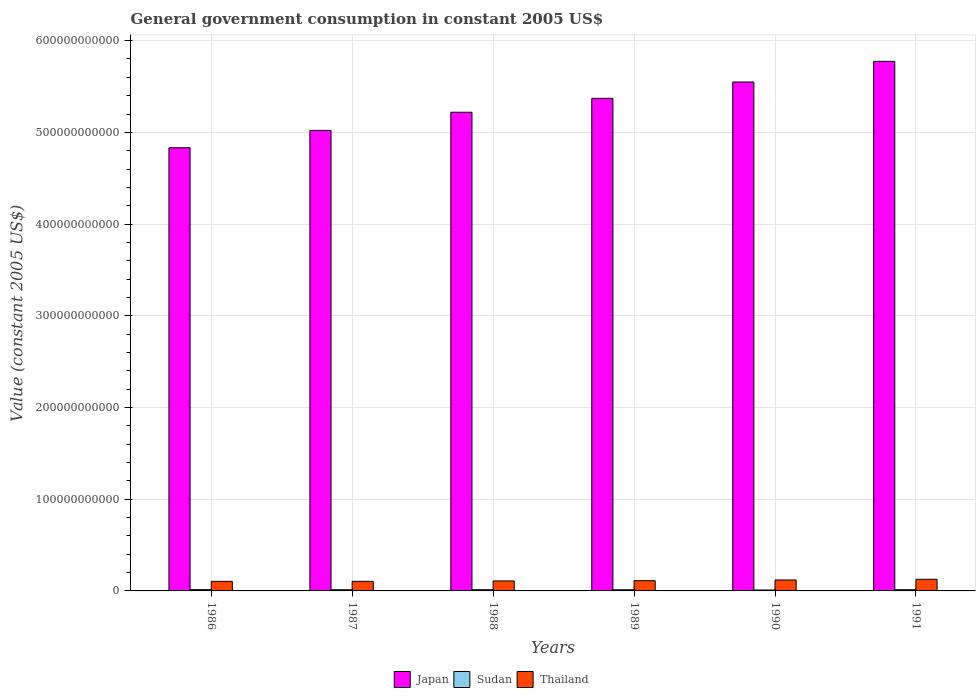
| Years | Japan | Sudan | Thailand |
 | --- | --- | --- | --- |
 | 1986 | 4.83e+11 | 1.44e+09 | 1.04e+10 |
 | 1987 | 5.02e+11 | 1.3e+09 | 1.05e+10 |
 | 1988 | 5.22e+11 | 1.32e+09 | 1.09e+10 |
 | 1989 | 5.37e+11 | 1.29e+09 | 1.12e+10 |
 | 1990 | 5.55e+11 | 1.02e+09 | 1.19e+10 |
 | 1991 | 5.77e+11 | 1.32e+09 | 1.27e+10 |